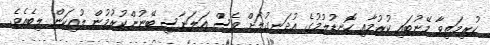
ކުރިމަތިވާ މޭނުބައި ކުރުމާއި ހޮނޑުލުމުގެ އުދަނގުލަށް ވެސް އަލަނާސި ބޭނުންކުރުމުން ލުއިކަން ލިބެއެވެ.